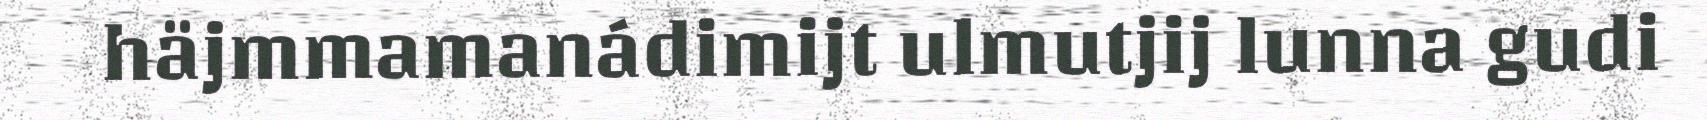
häjmmamanádimijt ulmutjij lunna gudi